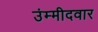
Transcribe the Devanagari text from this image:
उंम्मीदवार